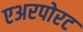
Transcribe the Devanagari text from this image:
एअरपोरट